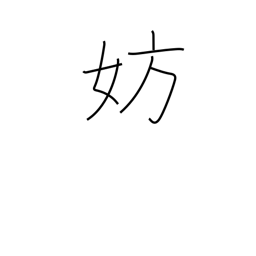
Meaning: hamper